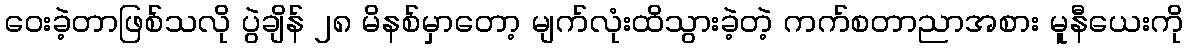
ဝေးခဲ့တာဖြစ်သလို ပွဲချိန် ၂၈ မိနစ်မှာတော့ မျက်လုံးထိသွားခဲ့တဲ့ ကက်စတာညာအစား မူနီယေးကို